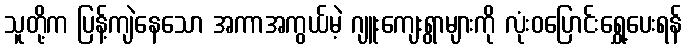
သူတို့က ပြန့်ကျဲနေသော အကာအကွယ်မဲ့ ဂျူးကျေးရွာများကို လုံးဝပြောင်းရွှေ့ပေးရန်